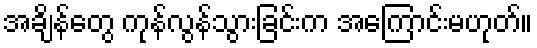
အချိန်တွေ ကုန်လွန်သွားခြင်းက အကြောင်းမဟုတ်။